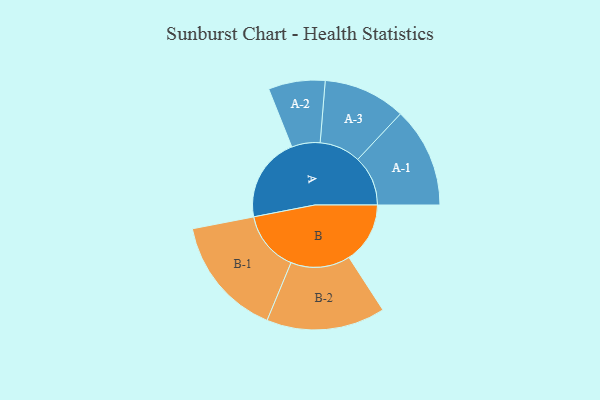
{"axis": {"x": "Segment", "y": "Value"}, "legend": ["", "A", "B"], "data": [{"x": "A", "y": 404, "type": ""}, {"x": "B", "y": 291, "type": ""}, {"x": "A-1", "y": 239, "type": "A"}, {"x": "A-2", "y": 135, "type": "A"}, {"x": "A-3", "y": 196, "type": "A"}, {"x": "B-1", "y": 288, "type": "B"}, {"x": "B-2", "y": 283, "type": "B"}]}